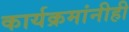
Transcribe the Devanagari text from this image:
कार्यक्रमांनीही